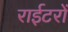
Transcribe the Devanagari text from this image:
राईटरों